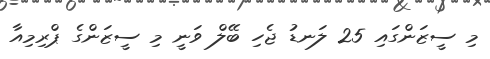
މި ސީޒަންގައި 25 ލަނޑު ޖެހި ބޭލް ވަނީ މި ސީޒަންގެ ޕްރިމިއާ